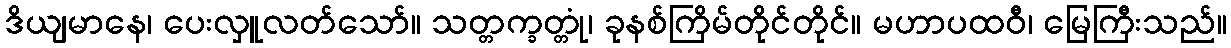
ဒိယျမာနေ၊ ပေးလှူလတ်သော်။ သတ္တက္ခတ္တုံ၊ ခုနစ်ကြိမ်တိုင်တိုင်။ မဟာပထဝီ၊ မြေကြီးသည်။